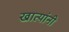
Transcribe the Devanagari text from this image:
खात्यांनी